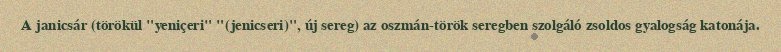
A janicsár (törökül "yeniçeri" "(jenicseri)", új sereg) az oszmán-török seregben szolgáló zsoldos gyalogság katonája.